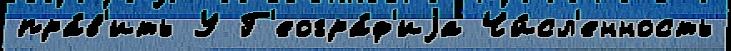
пра́в'ить У Г'еогра́ф'иjа Чи́сл'енность